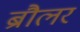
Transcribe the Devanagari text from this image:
ब्रौलर